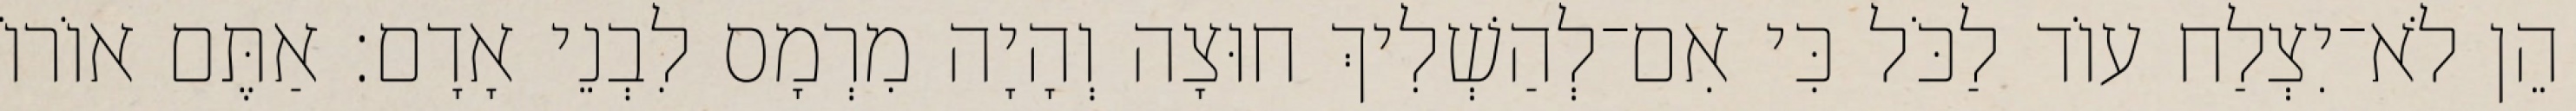
הֵן לֹא־יִצְלַח עוֹד לַכֹּל כִּי אִם־לְהַשְׁלִיךְ חוּצָה וְהָיָה מִרְמָס לִבְנֵי אָדָם׃ אַתֶּם אוֹרוֹ